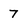
Character: 7